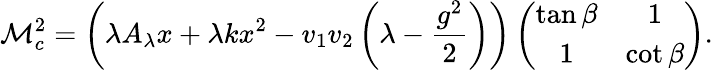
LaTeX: {\cal M}_{c}^{2}=\left(\lambda A_{\lambda}x+\lambda kx^{2}-v_{1}v_{2}\left(\lambda-\frac{g^{2}}{2}\right)\right)\left(\begin{array}{cc}{{\tan\beta}}&{{1}}\\ {{1}}&{{\cot\beta}}\end{array}\right).